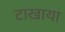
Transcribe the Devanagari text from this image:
टाखाया